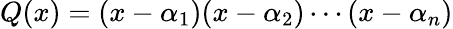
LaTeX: Q(x)=(x-\alpha_{1})(x-\alpha_{2})\cdots(x-\alpha_{n})